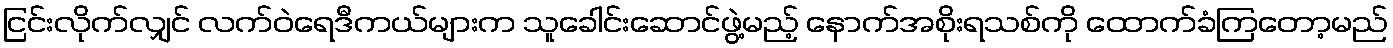
ငြင်းလိုက်လျှင် လက်ဝဲရေဒီကယ်များက သူခေါင်းဆောင်ဖွဲ့မည့် နောက်အစိုးရသစ်ကို ထောက်ခံကြတော့မည်